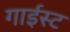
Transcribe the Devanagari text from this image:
गाईस्ट